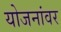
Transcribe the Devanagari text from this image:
योजनांवर